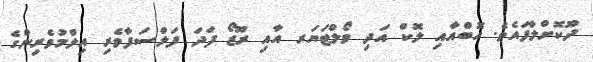
ދޫކޮށްލާފައެވެ. ހޮބްއާއި ލޮކް އަދި ވޯލްޓަޔަރ އާއި ރޫޒޯ ފަދަ ފަލްސަފާވެރި އިލްމުވެރިންގެ